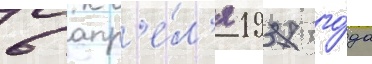
6 апр'е́л'я 1937 го́да